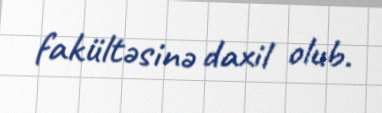
fakültəsinə daxil olub.